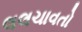
લલચાવતો